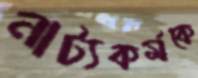
নাট্যকর্মকে